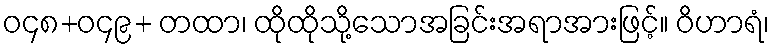
ဝ၄၈+ဝ၄၉+ တထာ၊ ထိုထိုသို့သောအခြင်းအရာအားဖြင့်။ ဝိဟာရံ၊